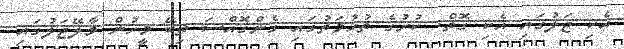
އެކި ޖަލުގައި އެކި ގޮތް. ކުށުގެ ތުހުމަތުގައި ގެންގޮއްސަ ތިބޭ މީހުން މާލޭޖަލުގައި